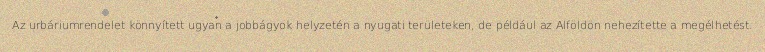
Az urbáriumrendelet könnyített ugyan a jobbágyok helyzetén a nyugati területeken, de például az Alföldön nehezítette a megélhetést.